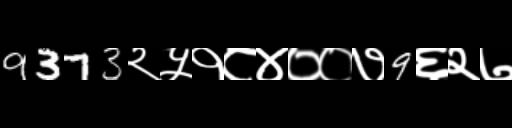
Text: 9373२५१८४००७9६२७